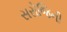
સરોજિની